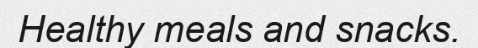
Healthy meals and snacks.